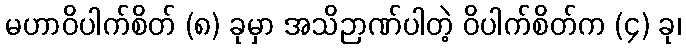
မဟာဝိပါက်စိတ် (၈) ခုမှာ အသိဉာဏ်ပါတဲ့ ဝိပါက်စိတ်က (၄) ခု၊